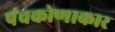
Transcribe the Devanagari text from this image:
पंचकोणाकार